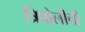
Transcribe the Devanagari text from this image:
त्रिपोलीची